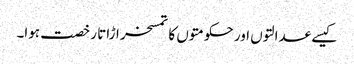
کیسے عدالتوں اور حکومتوں کا تمسخر اڑاتا رخصت ہوا۔